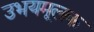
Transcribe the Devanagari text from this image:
उभयमूलक